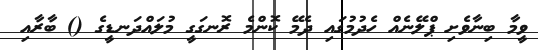
ވީމާ ބިނާވެށި ޕްލޭނެއް ހެދުމުގައި ދެމޭ ކޮންމެ ރޮނގަގީ މުލައްދަނޑީގެ () ބާރާއި